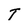
Character: T